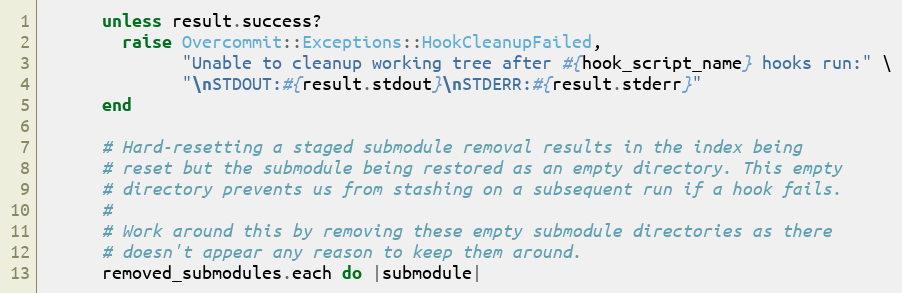
Language: Ruby
      unless result.success?
        raise Overcommit::Exceptions::HookCleanupFailed,
              "Unable to cleanup working tree after #{hook_script_name} hooks run:" \
              "\nSTDOUT:#{result.stdout}\nSTDERR:#{result.stderr}"
      end

      # Hard-resetting a staged submodule removal results in the index being
      # reset but the submodule being restored as an empty directory. This empty
      # directory prevents us from stashing on a subsequent run if a hook fails.
      #
      # Work around this by removing these empty submodule directories as there
      # doesn't appear any reason to keep them around.
      removed_submodules.each do |submodule|